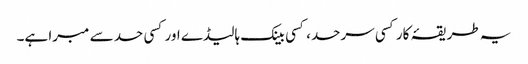
یہ طریقۂ کار کسی سرحد، کسی بینک ہالیڈے اور کسی حد سے مبرا ہے۔